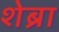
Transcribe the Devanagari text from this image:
शेब्रा